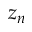
z _ { n }